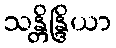
သန္တိန္ဒြိယာ